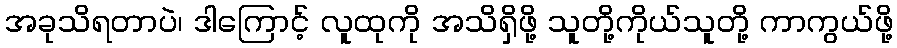
အခုသိရတာပဲ၊ ဒါကြောင့် လူထုကို အသိရှိဖို့ သူတို့ကိုယ်သူတို့ ကာကွယ်ဖို့